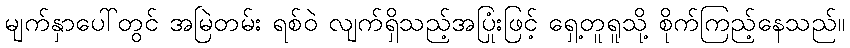
မျက်နှာပေါ်တွင် အမြဲတမ်း ရစ်ဝဲ လျက်ရှိသည့်အပြုံးဖြင့် ရှေ့တူရူသို့ စိုက်ကြည့်နေသည်။